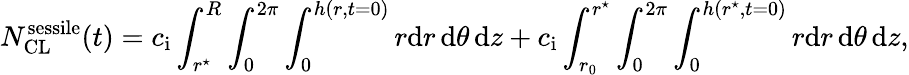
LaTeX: N_{\mathrm{CL}}^{\mathrm{sessile}}(t)=c_{\mathrm{i}}\int_{r^{\star}}^{R}\int_{0}^{2\pi}\int_{0}^{h(r,t=0)}r\mathrm{d}r\, \mathrm{d}\theta\, \mathrm{d}z+c_{\mathrm{i}}\int_{r_{0}}^{r^{\star}}\int_{0}^{2\pi}\int_{0}^{h(r^{\star},t=0)}r\mathrm{d}r\, \mathrm{d}\theta\, \mathrm{d}z,